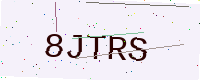
Text: 8JTRS